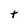
Character: t